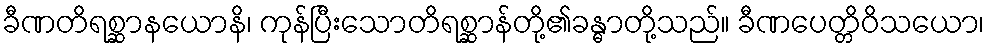
ခီဏတိရစ္ဆာနယောနိ၊ ကုန်ပြီးသောတိရစ္ဆာန်တို့၏ခန္ဓာတို့သည်။ ခီဏပေတ္တိဝိသယော၊